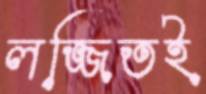
লজ্জিতই